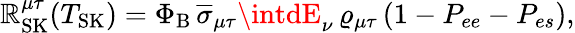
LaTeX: \mathbb{R}_{\mathrm{{SK}}}^{\mu\tau}(T_{\mathrm{{SK}}})=\Phi_{\mathrm{{B}}}\, \overline{{{\sigma}}}_{\mu\tau}\intdE_{\nu}\, \varrho_{\mu\tau}\, (1-P_{ee}-P_{es}),